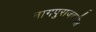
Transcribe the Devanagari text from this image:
नागपुराजवळील